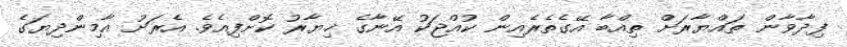
ފިދާވާން ތައްޔާރަށް ތިއްބާ އޭގެތެރެއިން ކުއްޖަކު އޭނާގެ ޚިޔާރު ކޮށްފިއެވެ. އެރަށު އާމިންދިޔަގެ